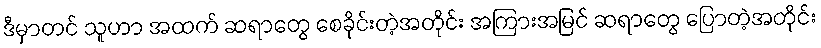
ဒီမှာတင် သူဟာ အထက် ဆရာတွေ စေခိုင်းတဲ့အတိုင်း အကြားအမြင် ဆရာတွေ ပြောတဲ့အတိုင်း